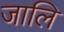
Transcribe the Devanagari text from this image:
जालि